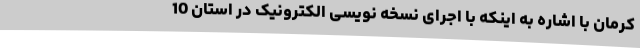
کرمان با اشاره به اینکه با اجرای نسخه نویسی الکترونیک در استان 10